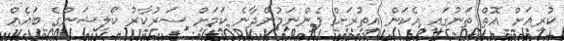
ކުރިއަށް އޮތް ތަނުގައި އެކަން އިތުރަށް ފެންނަމުންދާނެ ކަމަށް ސަރުކާރު ކޯލިޝަންގެ ބައެއް